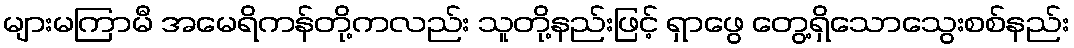
များမကြာမီ အမေရိကန်တို့ကလည်း သူတို့နည်းဖြင့် ရှာဖွေ တွေ့ရှိသောသွေးစစ်နည်း